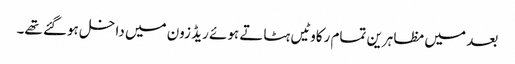
بعد میں مظاہرین تمام رکاوٹیں ہٹاتے ہوئے ریڈ زون میں داخل ہوگئے تھے۔